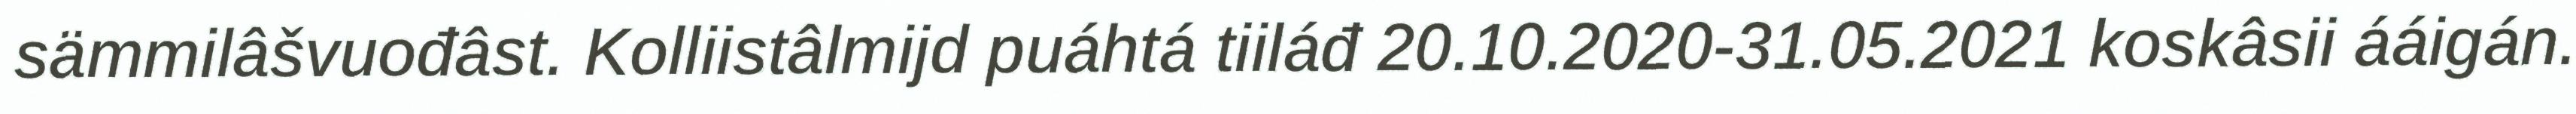
sämmilâšvuođâst. Kolliistâlmijd puáhtá tiiláđ 20.10.2020-31.05.2021 koskâsii ááigán.